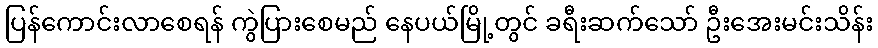
ပြန်ကောင်းလာစေရန် ကွဲပြားစေမည် နေပယ်မြို့တွင် ခရီးဆက်သော် ဦးအေးမင်းသိန်း